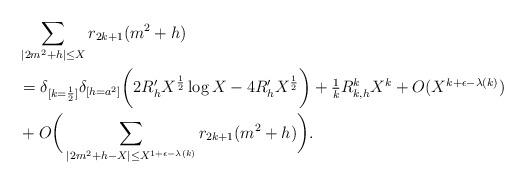
LaTeX: \begin{align*} &\sum_{\lvert 2m^2 + h \rvert \leq X} r_{2k+1}(m^2 + h) \\ &= \delta_{[k = \frac{1}{2}]} \delta_{[h = a^2]} \bigg( 2 R'_h X^{\frac{1}{2}}\log X -4 R'_h X^{\frac{1}{2}} \bigg) + \tfrac{1}{k} R_{k, h}^k X^{k} + O(X^{k + \epsilon- \lambda(k)}) \\ &+ O \bigg( \sum_{\lvert 2m^2+h - X \rvert \leq X^{1 + \epsilon - \lambda(k)}} r_{2k+1}(m^2+h)\bigg).\end{align*}